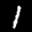
Label: 1